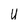
Character: U